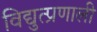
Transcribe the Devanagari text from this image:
विद्युत्प्रणाली